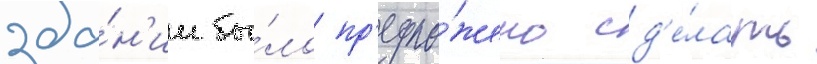
зда́н'ии бы́ло пр'едло́жено сд'е́лать